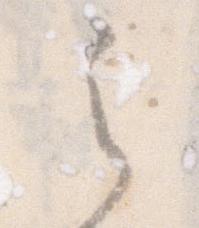
之